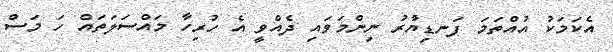
އެކަމަކު އުއްތަމަ ފަނޑިޔާުރު ނިންމަވައި ދެއްވީ އެ ހުރިހާާ މައްސަލަތައް ހަ މަސް